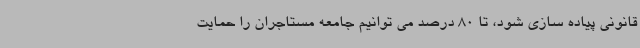
قانونی پیاده سازی شود، تا 80 درصد می توانیم جامعه مستاجران را حمایت